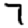
Digit: 7